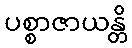
ပစ္စာဇာယန္တိ